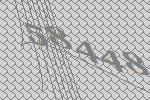
58448